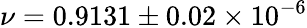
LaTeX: \nu=0.9131\pm 0.02\times 10^{-6}